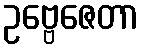
ဥဗ္ဗေဇေတာ